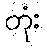
တုံး